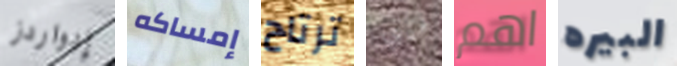
إدواردز إمساكه ترتاح فيبي اهم البيره